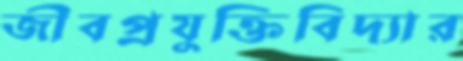
জীবপ্রযুক্তিবিদ্যার